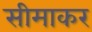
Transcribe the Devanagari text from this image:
सीमाकर